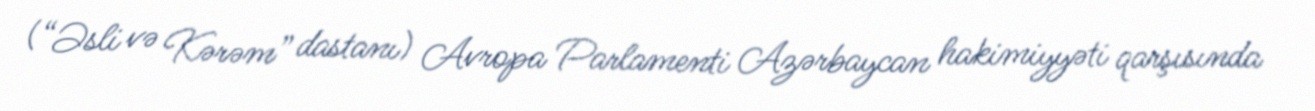
(“Əsli və Kərəm” dastanı) Avropa Parlamenti Azərbaycan hakimiyyəti qarşısında